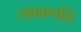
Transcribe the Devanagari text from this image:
खाकपति